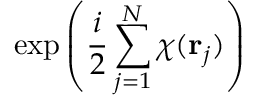
\exp \left( { \frac { i } { 2 } } \sum _ { j = 1 } ^ { N } \chi ( { \bf r } _ { j } ) \right)